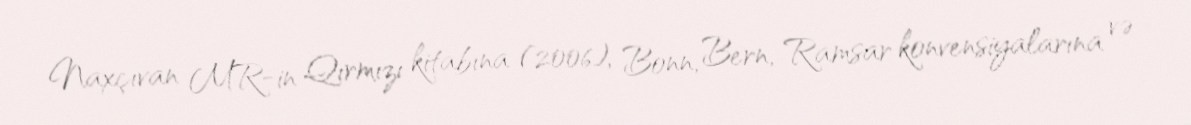
Naxçıvan MR-in Qırmızı kitabına (2006), Bonn, Bern, Ramsar konvensiyalarına və